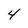
Character: 4